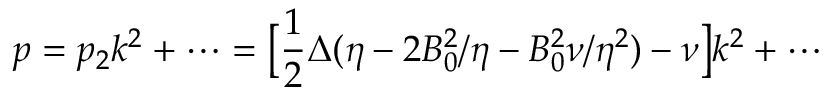
p = p _ { 2 } k ^ { 2 } + \cdots = \bigl [ \frac { 1 } { 2 } \Delta ( \eta - 2 B _ { 0 } ^ { 2 } / \eta - B _ { 0 } ^ { 2 } \nu / \eta ^ { 2 } ) - \nu \bigr ] k ^ { 2 } + \cdots